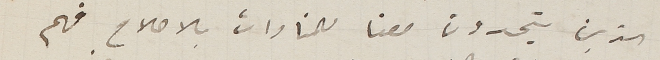
الذين يتحدون معنا للمنادات بالاصلاح فهم